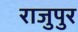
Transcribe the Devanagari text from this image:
राजुपुर